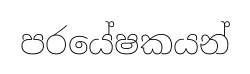
පරයේෂකයන්